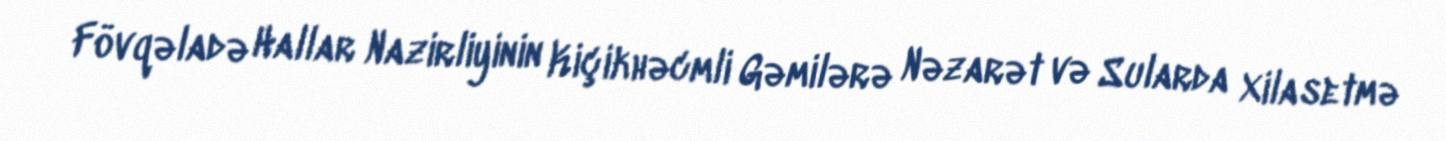
Fövqəladə Hallar Nazirliyinin Kiçikhəcmli Gəmilərə Nəzarət və Sularda Xilasetmə